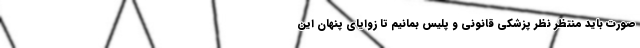
صورت باید منتظر نظر پزشکی قانونی و پلیس بمانیم تا زوایای پنهان این